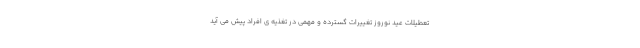
تعطیلات عید نوروز تغییرات گسترده و مهمی در تغذیه ی افراد پیش می آید